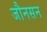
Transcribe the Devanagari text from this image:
जौनसन